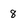
Character: 8